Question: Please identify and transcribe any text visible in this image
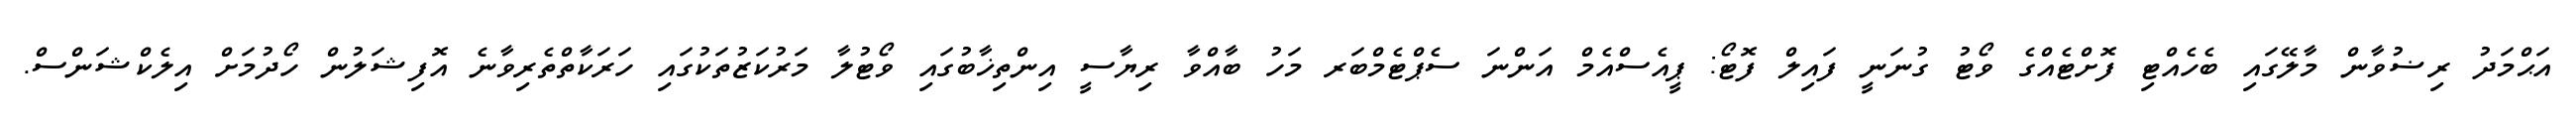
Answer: އަޙްމަދު ރިޟުވާން މާލޭގައި ބެހެއްޓި ފޮށްޓެއްގެ ވޯޓު ގުނަނީ ފައިލް ފޮޓޯ: ޕީއެސްއެމް އަންނަ ސެޕްޓެމްބަރ މަހު ބާއްވާ ރިޔާސީ އިންތިޚާބުގައި ވޯޓުލާ މަރުކަޒުތަކުގައި ހަރަކާތްތެރިވާނެ އޮފިޝަލުން ހޯދުމަށް އިލެކްޝަންސް.